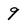
Character: 9